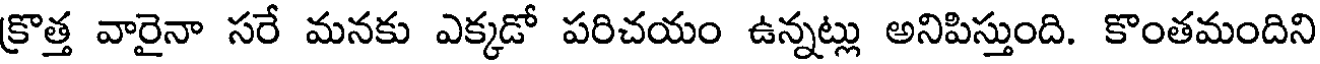
క్రొత్త వారైనా సరే మనకు ఎక్కడో పరిచయం ఉన్నట్లు అనిపిస్తుంది. కొంతమందిని